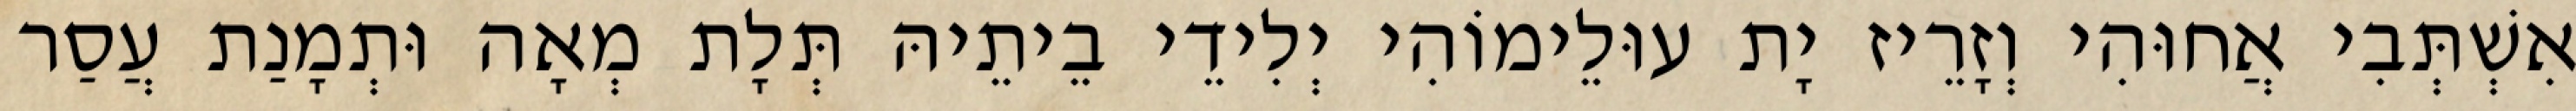
אִשְׁתְּבִי אֲחוּהִי וְזָרֵיז יָת עוּלֵימוֹהִי יְלִידֵי בֵיתֵיהּ תְּלָת מְאָה וּתְמָנַת עֲסַר